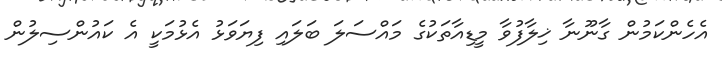
އެހެންކަމުން ގާނޫނާ ޚިލާފުވާ މީޑިއާތަކުގެ މައްސަލަ ބަލައި ފިޔަވަޅު އެޅުމަކީ އެ ކައުންސިލުން